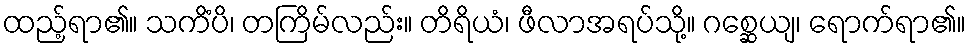
ထည့်ရာ၏။ သကိံပိ၊ တကြိမ်လည်း။ တိရိယံ၊ ဖီလာအရပ်သို့။ ဂစ္ဆေယျ၊ ရောက်ရာ၏။